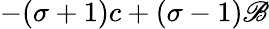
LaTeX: -(\sigma+1)c+(\sigma-1)\mathscr{B}